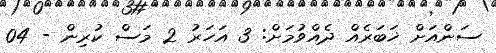
ސަންއަށް ޚަބަރެއް ދެއްވުމަށް: 3 އަހަރު 2 މަސް ކުރިން - 04